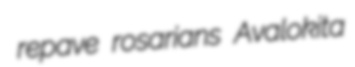
repave rosarians Avalokita